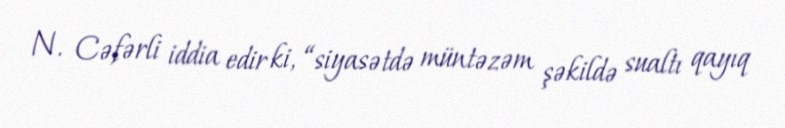
N. Cəfərli iddia edir ki, “siyasətdə müntəzəm şəkildə sualtı qayıq